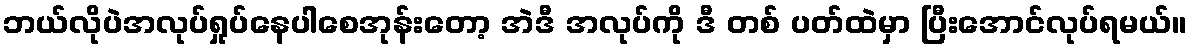
ဘယ်လိုပဲအလုပ်ရှုပ်နေပါစေအုန်းတော့ အဲဒီ အလုပ်ကို ဒီ တစ် ပတ်ထဲမှာ ပြီးအောင်လုပ်ရမယ်။